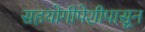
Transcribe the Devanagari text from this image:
सहयोगीपेशीपासून